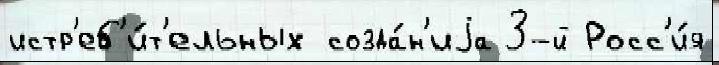
истр'еб'и́т'ельных созда́н'иjа 3-й Росс'и́я